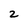
Character: 2